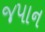
જપાન